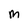
Character: M